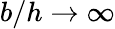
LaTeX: b/h\rightarrow\infty